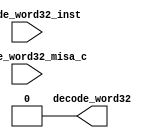
//
// Generated by Bluespec Compiler, version 2021.07-3-g8227dc97 (build 8227dc97)
//
// On Fri Sep  3 12:08:20 PDT 2021
//
//
// Ports:
// Name                         I/O  size props
// decode_word32                  O     1 const
// decode_word32_inst             I    32 unused
// decode_word32_misa_c           I     1 unused
//
// No combinational paths from inputs to outputs
//
//

`ifdef BSV_ASSIGNMENT_DELAY
`else
  `define BSV_ASSIGNMENT_DELAY
`endif

`ifdef BSV_POSITIVE_RESET
  `define BSV_RESET_VALUE 1'b1
  `define BSV_RESET_EDGE posedge
`else
  `define BSV_RESET_VALUE 1'b0
  `define BSV_RESET_EDGE negedge
`endif

module module_decode_word32(decode_word32_inst,
			    decode_word32_misa_c,
			    decode_word32);
  // value method decode_word32
  input  [31 : 0] decode_word32_inst;
  input  decode_word32_misa_c;
  output decode_word32;

  // signals for module outputs
  wire decode_word32;

  // value method decode_word32
  assign decode_word32 = 1'd0 ;
endmodule  // module_decode_word32